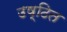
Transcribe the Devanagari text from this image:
उष्ठित